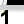
Digit: 1